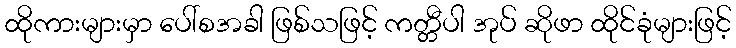
ထိုကားများမှာ ပေါ်စအခါ ဖြစ်သဖြင့် ကတ္တီပါ အုပ် ဆိုဖာ ထိုင်ခုံများဖြင့်